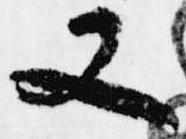
又